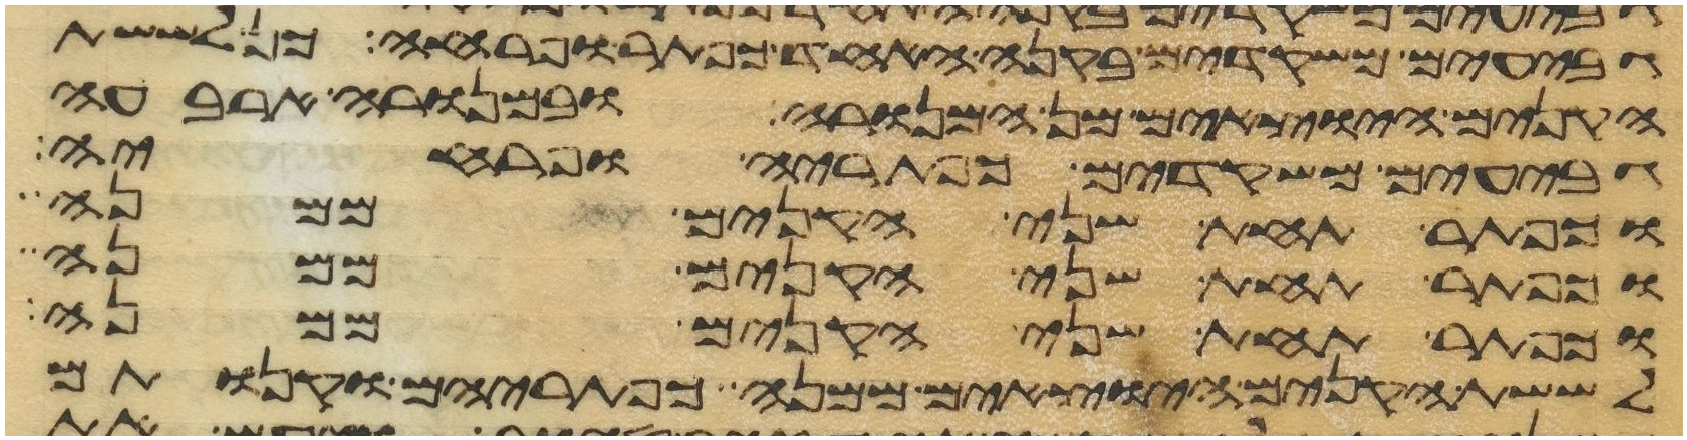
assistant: גבעים משקדים בקנה אחד כפתר ופרח כן לששת
הקנים היוצאים מן המנורה ובמנורה ארבעה
גבעים משקדים כפתריה ופרחיה
וכפתר תחת שני הקנים ממנה
וכפתר תחת שני הקנים ממנה
וכפתר תחת שני הקנים ממנה
לששת הקנים היצאים ממנה כפתריהם וקנותם